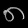
Digit: ၈